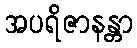
အပရိဇာနန္တာ